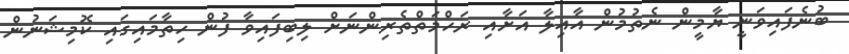
ބުނެފައިވަނީ ޔާމީން ނެތުމުން އާއިލާ އަށާއި ރަހްމަތްތެރިންނަށް ލިބިފައިވާ ފުން ހިތާމައިގައި ކޮމިޝަނުން